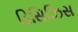
ડિસિઝિસ